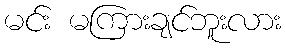
မင်း မကြားချင်ဘူးလား